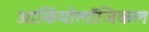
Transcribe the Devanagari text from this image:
आर्कियोलॉजिकल